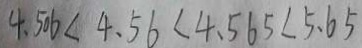
4 . 5 0 6 < 4 . 5 6 < 4 . 5 6 5 < 5 . 6 5